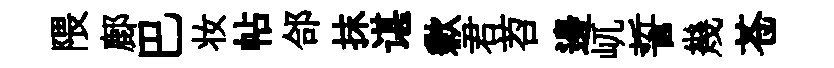
隈鄜巴妆帖郃抹谌歉君苕邊屼誓幾苍